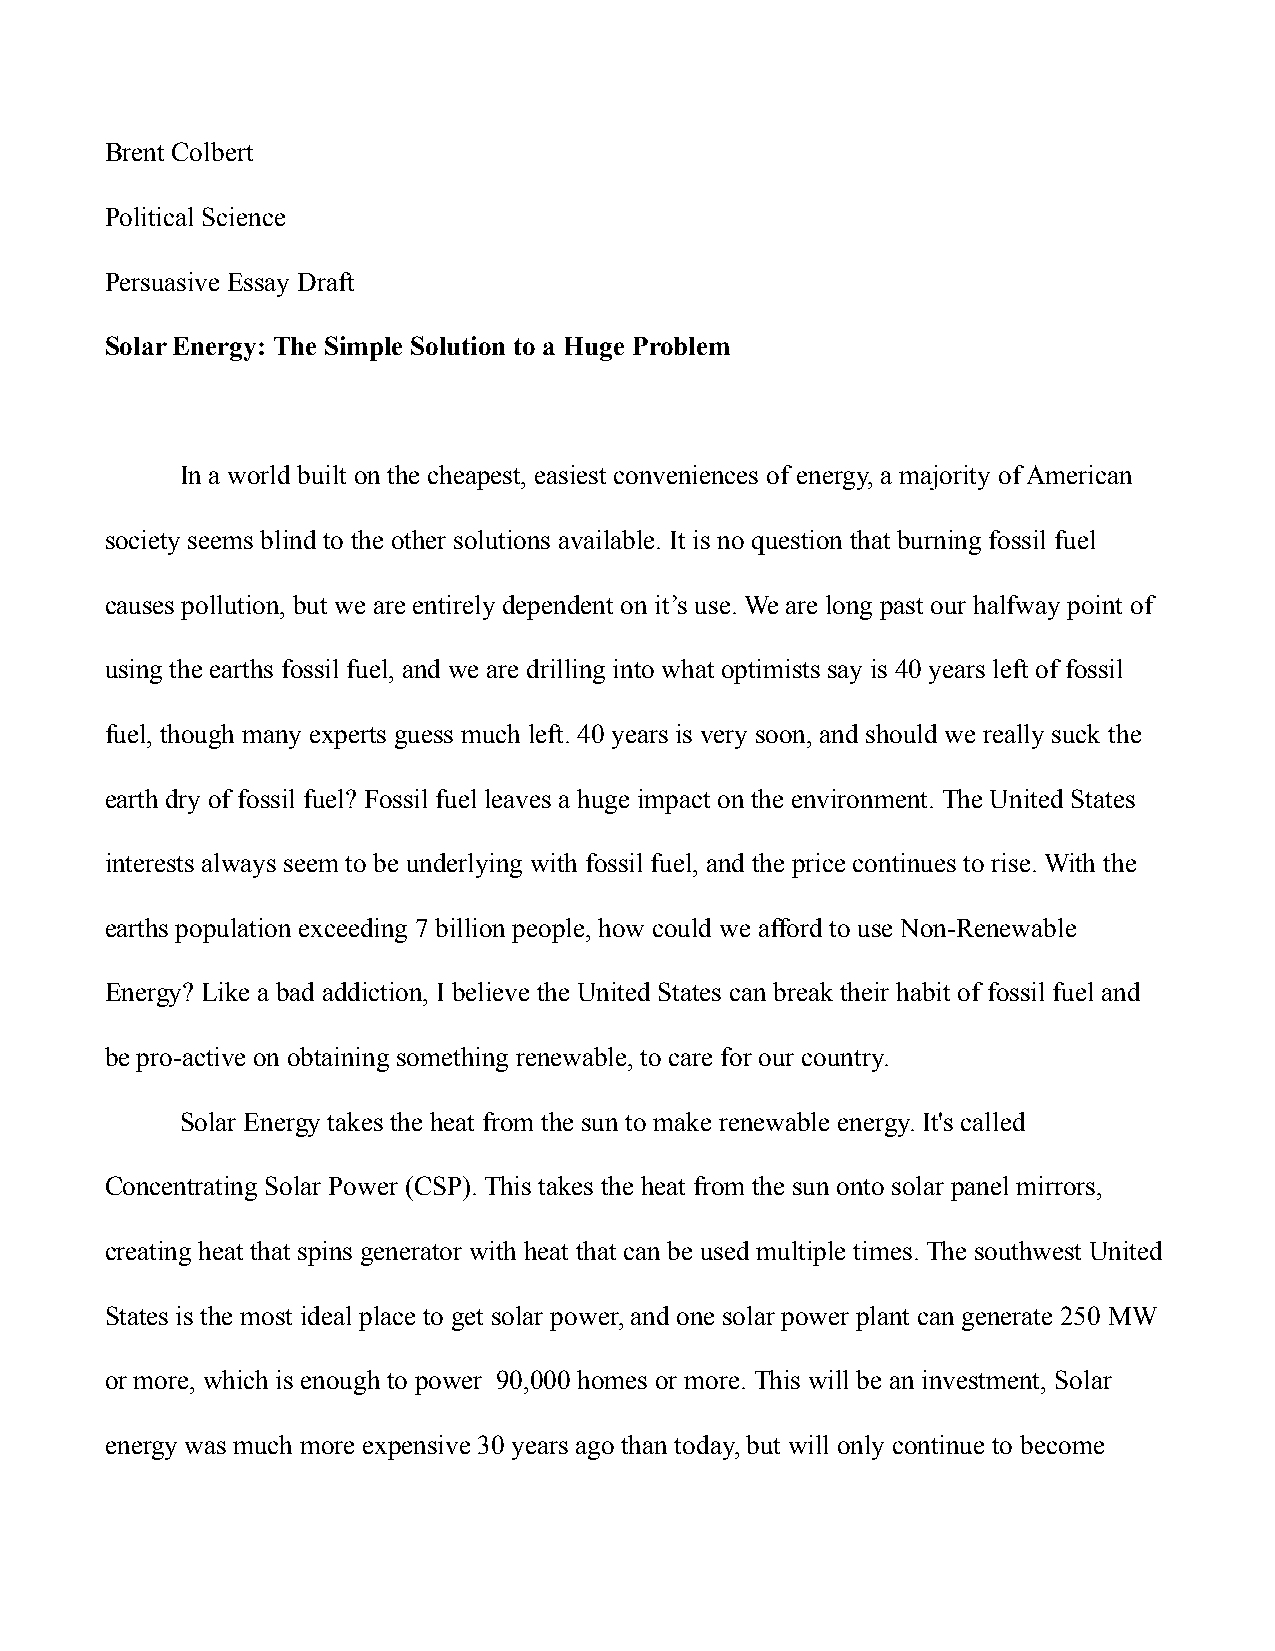
Brent Colbert
 Political Science
 Persuasive Essay Draft
 Solar Energy: The Simple Solution to a Huge Problem
 In a world built on the cheapest, easiest conveniences of energy, a majority of American
 society seems blind to the other solutions available. It is no question that burning fossil fuel
 causes pollution, but we are entirely dependent on it’s use. We are long past our halfway point of
 using the earths fossil fuel, and we are drilling into what optimists say is 40 years left of fossil
 fuel, though many experts guess much left. 40 years is very soon, and should we really suck the
 earth dry of fossil fuel? Fossil fuel leaves a huge impact on the environment. The United States
 interests always seem to be underlying with fossil fuel, and the price continues to rise. With the
 earths population exceeding 7 billion people, how could we afford to use Non-Renewable
 Energy? Like a bad addiction, I believe the United States can break their habit of fossil fuel and
 be pro-active on obtaining something renewable, to care for our country.
 Solar Energy takes the heat from the sun to make renewable energy. It's called
 Concentrating Solar Power (CSP). This takes the heat from the sun onto solar panel mirrors,
 creating heat that spins generator with heat that can be used multiple times. The southwest United
 States is the most ideal place to get solar power, and one solar power plant can generate 250 MW
 or more, which is enough to power 90,000 homes or more. This will be an investment, Solar
 energy was much more expensive 30 years ago than today, but will only continue to become